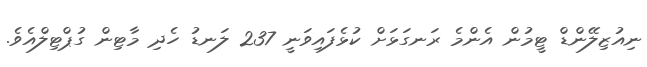
ނިއުޒިލޭންޑް ޓީމުން އެންމެ ރަނގަޅަށް ކުޅެފައިވަނީ 237 ލަނޑު ހެދި މާޓިން ގުޕްޓިލްއެވެ.